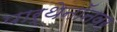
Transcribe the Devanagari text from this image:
पार्थेनॉनवर